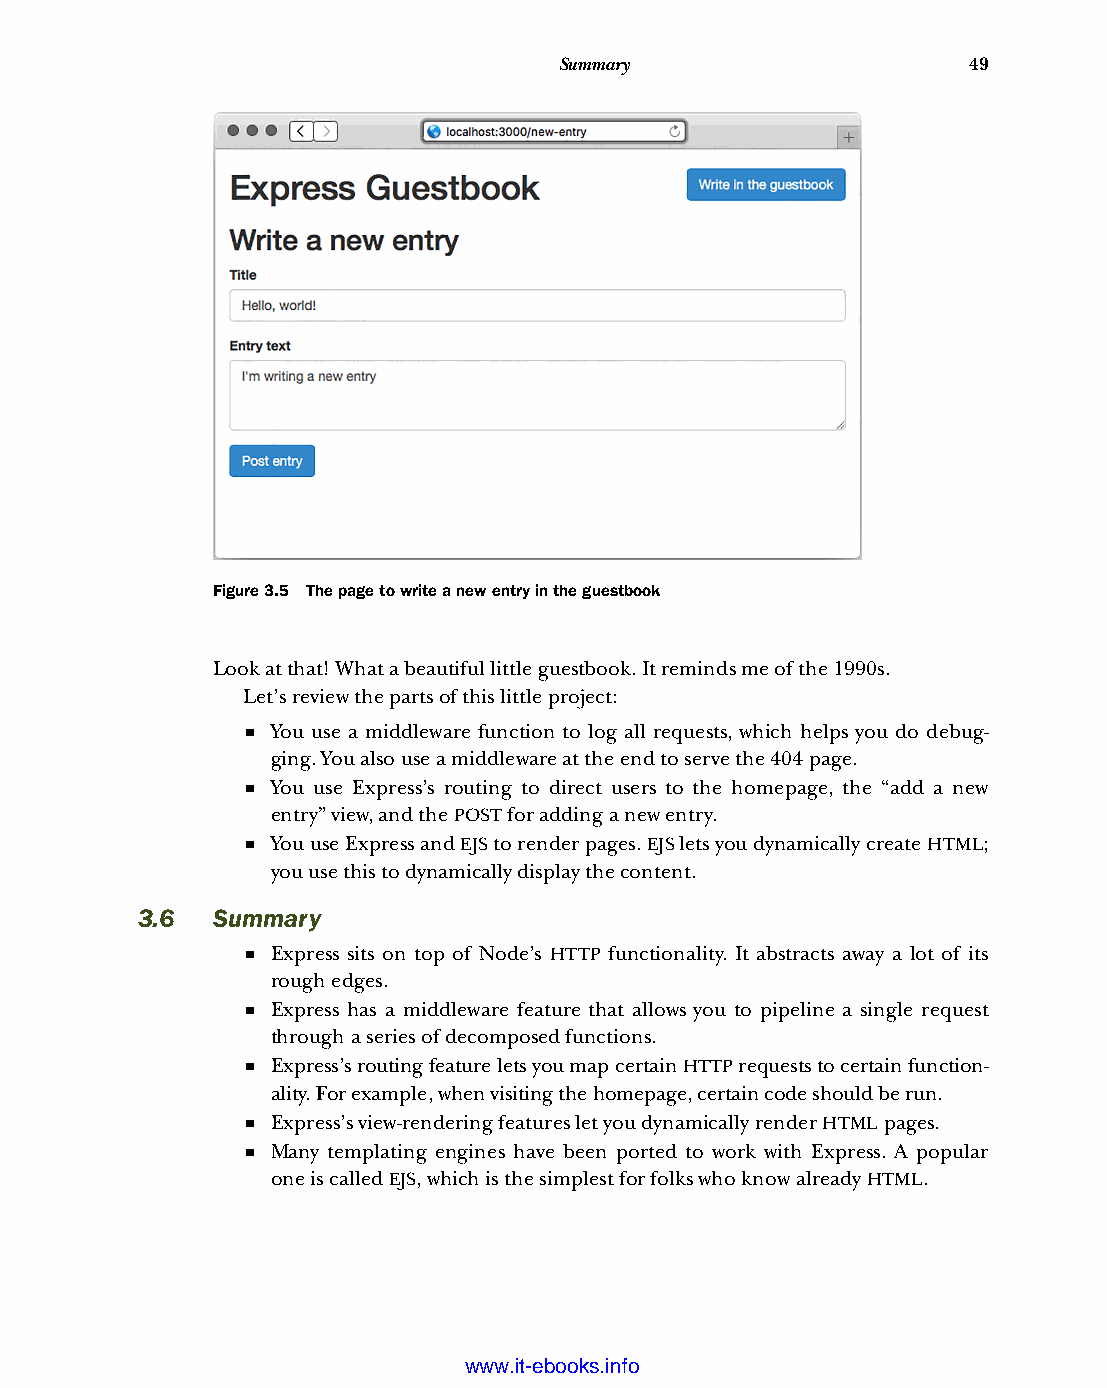
Summary                    49
 Figure 3.5 The page to write a new entry in the guestbook
 Look at that! What a beautiful little guestbook. It reminds me of the 1990s.
 Let’s review the parts of this little project:
 ■ You use a middleware function to log all requests, which helps you do debug-
 ging. You also use a middleware at the end to serve the 404 page.
 ■ You use Express’s routing to direct users to the homepage, the “add a new
 entry” view, and the POST for adding a new entry.
 ■ You use Express and EJS to render pages. EJS lets you dynamically create HTML;
 you use this to dynamically display the content.
 3.6  Summary
 ■ Express sits on top of Node’s HTTP functionality. It abstracts away a lot of its
 rough edges.
 ■ Express has a middleware feature that allows you to pipeline a single request
 through a series of decomposed functions.
 ■ Express’s routing feature lets you map certain HTTP requests to certain function-
 ality. For example, when visiting the homepage, certain code should be run.
 ■ Express’s view-rendering features let you dynamically render HTML pages.
 ■ Many templating engines have been ported to work with Express. A popular
 one is called EJS, which is the simplest for folks who know already HTML.
 Licensed wtow w <.mit-ielebro.8o8k8s@.ingfomail.com>